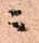
ニ